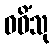
ဝဓိံသု